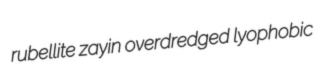
rubellite zayin overdredged lyophobic